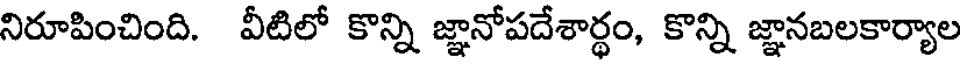
నిరూపించింది. వీటిలో కొన్ని జ్ఞానోపదేశార్థం, కొన్ని జ్ఞానబలకార్యాల